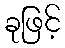
ခုဖြင့်